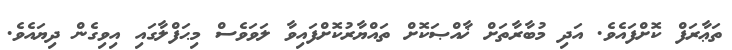
ތަޢާރަފް ކޮށްފައެވެ. އަދި މުބާރާތަށް ޚާއްޞަކޮށް ތައްޔާރުކޮށްފައިވާ ލަވަވެސް މިޙަފްލާގައި އިވިގެން ދިޔައެވެ.